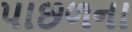
પાછળના